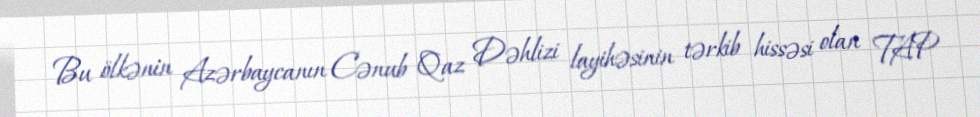
Bu ölkənin Azərbaycanın Cənub Qaz Dəhlizi layihəsinin tərkib hissəsi olan TAP